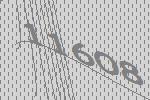
11608